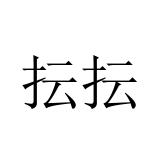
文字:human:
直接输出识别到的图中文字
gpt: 抎抎